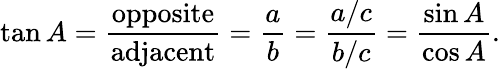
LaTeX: \tan A={\frac{\textrm{opposite}}{\textrm{adjacent}}}={\frac{a}{b}}={\frac{a/c}{b/c}}={\frac{\sin A}{\cos A}}.